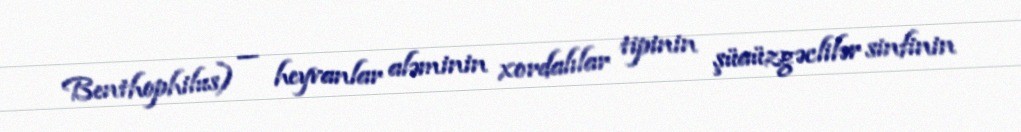
Benthophilus) — heyvanlar aləminin xordalılar tipinin şüaüzgəclilər sinfinin